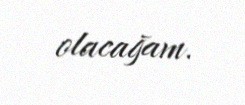
olacağam.